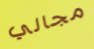
مجالي